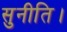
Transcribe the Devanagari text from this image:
सुनीति।